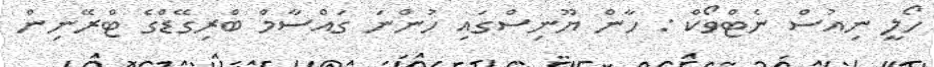
ހޯލީ ނިއުސް ނެޓްވޯކް : ހާން ޔޫނިސްގައި ހުންނަ ގައްސާމް ބްރިގޭޑްގެ ޓްރޭނިން